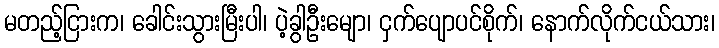
မတည့်ငြားက၊ ခေါင်းသွားမြီးပါ၊ ပဲ့ခွါဦးမျော၊ ငှက်ပျောပင်စိုက်၊ နောက်လိုက်ငယ်သား၊